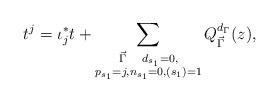
LaTeX: \begin{align*} t^j=\iota_j^*t + \sum\limits_{\begin{subarray}{c} \vec{\Gamma} ~~ ~d_{s_1}=0, \\p_{s_1}=j, n_{s_1}=0, (s_1)=1 \end{subarray}}Q^{d_\Gamma}_{\vec\Gamma}(z) ,\end{align*}